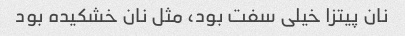
نان پیتزا خیلی سفت بود، مثل نان خشکیده بود